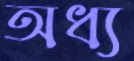
অধ্য